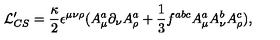
{ \cal L } _ { C S } ^ { \prime } = \frac { \kappa } { 2 } \epsilon ^ { \mu \nu \rho } ( A _ { \mu } ^ { a } \partial _ { \nu } A _ { \rho } ^ { a } + \frac { 1 } { 3 } f ^ { a b c } A _ { \mu } ^ { a } A _ { \nu } ^ { b } A _ { \rho } ^ { c } ) ,